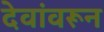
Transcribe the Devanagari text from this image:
देवांवरून